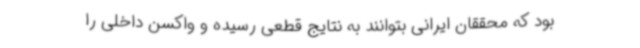
بود که محققان ایرانی بتوانند به نتایج قطعی رسیده و واکسن داخلی را